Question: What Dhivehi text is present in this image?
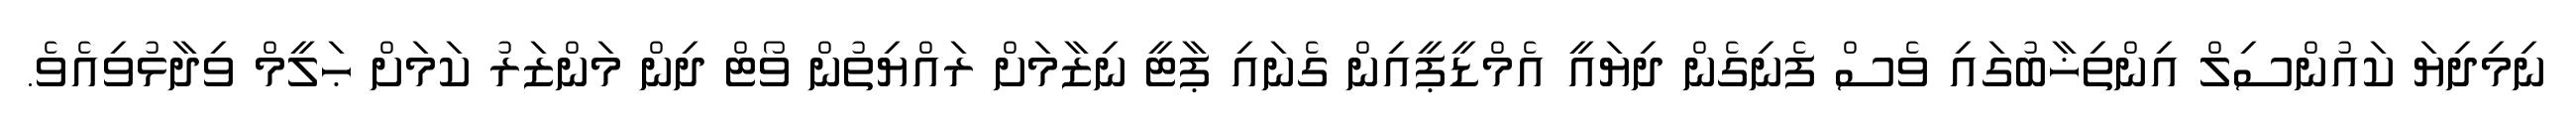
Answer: ނިމިދިޔަ ކައުންސިލް އިންތިޚާބުގައި ވެސް ފެނިގެން ދިޔައީ އެމްޑީޕީއިން ގެނައި ޕާޓީ ނިޒާމަށް ރައްޔިތުން ވޯޓް ދިން މަންޒަރު ކަމަށް ޙަލީމް ވިދާޅުވިއެވެ.